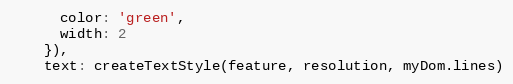
Language: JavaScript
      color: 'green',
      width: 2
    }),
    text: createTextStyle(feature, resolution, myDom.lines)